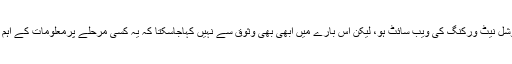
فیس بک امریکہ میں ممکن ہے کہ مقبول ترین سوشل نیٹ ورکنگ کی ویب سائٹ ہو، لیکن اس بارے میں ابھی بھی وثوق سے نہیں کہاجاسکتا کہ یہ کسی مرحلے پرمعلومات کے اہم ذریعے کے طورپر گوگل کی جگہ لے سکے گی۔